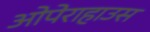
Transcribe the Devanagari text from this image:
ओपेराहाउस